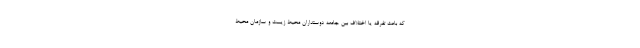
که باعث تفرقه یا اختلاف بین جامعه دوستداران محیط‌ زیست و سازمان محیط